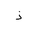
Letter: _thal